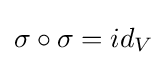
\sigma \circ \sigma =id_{V}